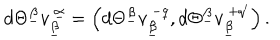
d \Theta ^ { \underline { { \beta } } } v _ { \underline { { \beta } } } ^ { ~ \underline { { \alpha } } } = \left( d \Theta ^ { \underline { { \beta } } } v _ { \underline { { \beta } } } ^ { ~ - q } , d \Theta ^ { \underline { { \beta } } } v _ { \underline { { \beta } } } ^ { ~ + q ^ { \prime } } \right) .